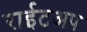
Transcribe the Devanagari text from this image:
राईटअप